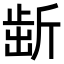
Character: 𣂯